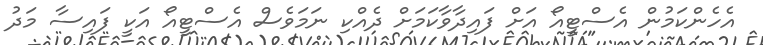
އެހެންކަމުން އެސްޓީއޯ އަށް ފައިދާވާކަމަށް ދެއްކި ނަމަވެސް އެސްޓީއޯ އަކީ ފައިސާ މަދު